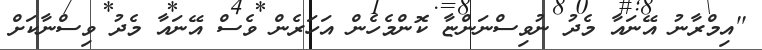
''އިމްރާނު އޭނައާ މެދު ނުވިސްނަންޏާ ކޮންމެހެން އަހަރެން ވެސް އޭނައާ މެދު ވިސްނާކަށް